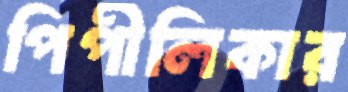
পিপীলিকার